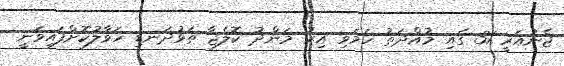
ޖެނުއަރީ 31 ގައި މުއްދަތު ހަމަވި އިރު މަންދު ކޮލެޖާ ތަޅުދަނޑި ހަވާލުކޮށްފައިވަނީ